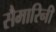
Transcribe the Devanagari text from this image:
सैमारिनी